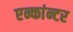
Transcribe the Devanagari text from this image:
एन्कांन्टर